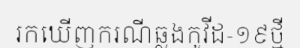
រកឃើញករណីឆ្លងកូវីដ-១៩ថ្មី